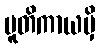
ပူတိကာယမှိ